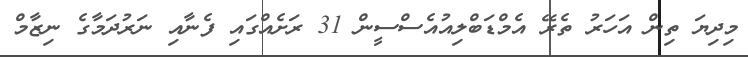
މިދިޔަ ތިން އަހަރު ތެރޭ އެމްޑަބްލިއުއެސްސީން 31 ރަށެއްގައި ފެނާއި ނަރުދަމާގެ ނިޒާމް